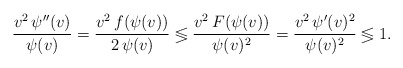
\begin{align*}\frac{v^2\,\psi''(v)}{\psi(v)}=\frac{v^2\,f(\psi(v))}{2\,\psi(v)}\lessgtr\frac{v^2\,F(\psi(v))}{\psi(v)^2}=\frac{v^2\,\psi'(v)^2}{\psi(v)^2}\lessgtr 1.\end{align*}